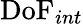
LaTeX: \mathrm{DoF}_{int}